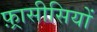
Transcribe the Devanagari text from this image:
फ़्रासीसियों